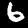
Label: 6